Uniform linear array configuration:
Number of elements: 32
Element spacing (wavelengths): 0.5
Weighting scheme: uniform
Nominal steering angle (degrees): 15
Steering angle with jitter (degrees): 16.85
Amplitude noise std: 0.05
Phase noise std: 0.05

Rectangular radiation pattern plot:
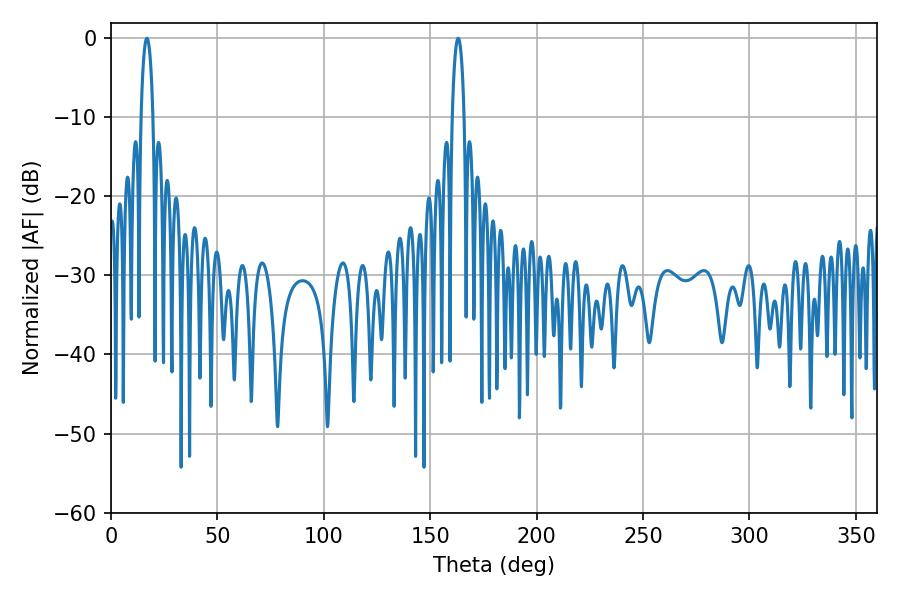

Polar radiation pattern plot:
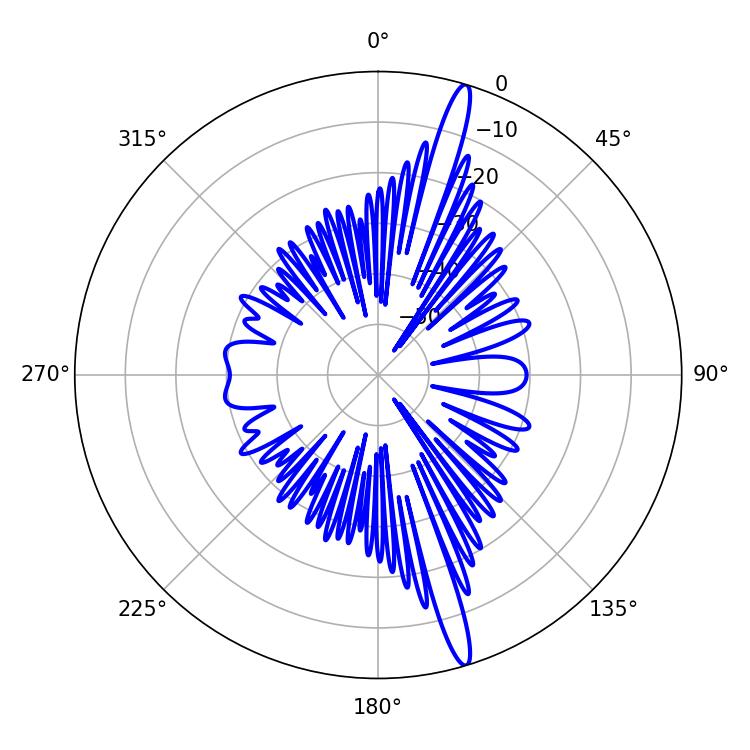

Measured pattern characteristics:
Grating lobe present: FALSE
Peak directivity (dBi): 17.29
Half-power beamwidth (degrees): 3.24
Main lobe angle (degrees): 163.08